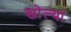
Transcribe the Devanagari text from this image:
खोल्यां